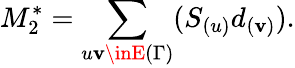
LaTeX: M_{2}^{*}=\sum_{u\mathbf{v}\inE{(\Gamma)}}(S_{(u)}d_{(\mathbf{v})}).